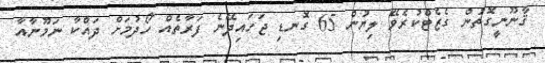
ޤާނޫނީގޮތުން ގެޒެޓްކުރެވޭ ލިޔުން 65 ގޮނޑި ޖަހައިދޭނެ ފަރާތެއް ހޯދުމަށް ދައްކާ ނަމޫނާއާ